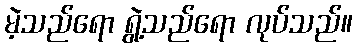
မဲ့သည်ရော ရွဲ့သည်ရော လုပ်သည်။